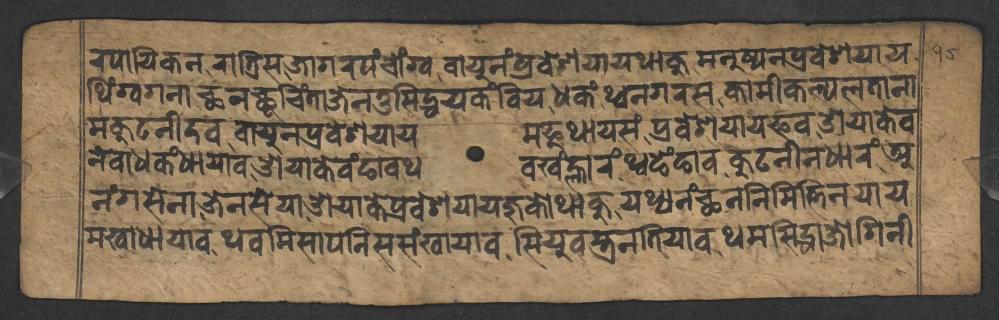
𑐬𑐥𑐵𑐫𑐶𑐎𑐣𑐬𑐵𑐟𑑂𑐬𑐶𑐳𑐖𑐵𑐐𑐬𑐥𑑄𑐔𑑀𑑄𑐐𑑂𑐰𑐰𑐵𑐫𑐸𑐣𑑄𑐥𑑂𑐬𑐰𑐾𑐱𑐫𑐵𑐫𑐠𑐵𑐎𑐸𑐩𑐣𑐸𑐲𑑂𑐫𑐣𑐥𑑂𑐬𑐰𑐾𑐱𑐫𑐵𑐫 𑐠𑐶𑑄𑐐𑑂𑐰𑐐𑐣𑐵𑐕𑐣𑐕𑐸𑐔𑐶𑑄𑐟𑐵𑐖𑐾𑐣𑐟𑐸𑐳𑐶𑐡𑑂𑐢𑐫𑐎𑑄𑐧𑐶𑐫𑐢𑐎𑑄𑐠𑑂𑐰𑐣𑐐𑐬𑐳𑐎𑐵𑐩𑐷𑐎𑐮𑑂𑐥𑐮𑐟𑐵𑐣𑐵 𑐩𑐎𑐸𑐚𑐣𑐷𑐡𑐰𑐰𑐵𑐫𑐸𑐣𑐥𑑂𑐬𑐰𑐾𑐱𑐫𑐵𑐫𑐩𑐦𑐸𑐠𑐵𑐫𑐳𑑄𑐥𑑂𑐬𑐰𑐾𑐱𑐫𑐵𑐫𑐦𑐰𑐌𑐫𑐵𑐎𑐾𑐰 𑐣𑐾𑐰𑐵𑐢𑐎𑑄𑐢𑐵𑐫𑐵𑐰𑐌𑐫𑐵𑐎𑐾𑐰𑑄𑐒𑐵𑐰𑐠𑐰𑐏𑑄𑐮𑑂𑐴𑐵𑐬𑑄𑐠𑑂𑐰𑐒𑐾𑑄𑐒𑐵𑐰𑐎𑐸𑐚𑐣𑐷𑐣𑐢𑐵𑐬𑑄𑐀 𑐣𑑄𑐐𑐳𑐾𑐣𑐵𑐖𑐾𑐣𑐳𑐾𑐫𑐵𑐌𑐫𑐵𑐎𑐾𑐥𑑂𑐬𑐰𑐾𑐱𑐫𑐵𑐫𑐖𑐸𑐎𑑀𑐠𑐵𑐎𑐸𑐫𑐠𑑂𑐫𑐣𑑄𑐕𑐣𑐣𑐶𑐩𑐶𑐟𑑂𑐟𑐶𑐣𑐫𑐵𑐫 𑐩𑐏𑐵𑐢𑐵𑐫𑐵𑐰𑐠𑐰𑐩𑐶𑐳𑐵𑐥𑐣𑐶𑐳𑐳𑑄𑐏𑐵𑐫𑐵𑐰𑐳𑐶𑐫𑐸𑐰𑐳𑑂𑐟𑑂𑐬𑐣𑐟𑐶𑐫𑐵𑐰𑐠𑐩𑐳𑐶𑐡𑑂𑐢𑐵𑐖𑑀𑐐𑐶𑐣𑐷